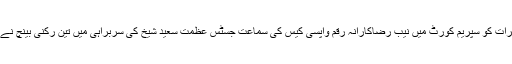
جمعرات کو سپریم کورٹ میں نیب رضاکارانہ رقم واپسی کیس کی سماعت جسٹس عظمت سعید شیخ کی سربراہی میں تین رکنی بینچ نے کی۔